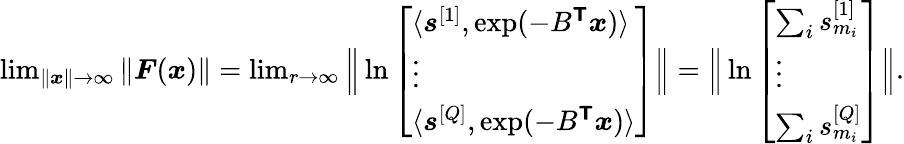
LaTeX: \begin{array}{r}{\operatorname*{lim}_{\| \boldsymbol{x}\| \rightarrow\infty}\| \boldsymbol{F}(\boldsymbol{x})\| =\operatorname*{lim}_{r\rightarrow\infty}\Big\| \ln\left[\begin{array}{l}{\langle\boldsymbol{s}^{[1]},\exp(-B^{\boldsymbol{\mathsf{T}}}\boldsymbol{x})\rangle}\\ {\vdots}\\ {\langle\boldsymbol{s}^{[Q]},\exp(-B^{\boldsymbol{\mathsf{T}}}\boldsymbol{x})\rangle}\end{array}\right]\Big\| =\Big\| \ln\left[\begin{array}{l}{\sum_{i}s_{m_{i}}^{[1]}}\\ {\vdots}\\ {\sum_{i}s_{m_{i}}^{[Q]}}\end{array}\right]\Big\| .}\end{array}